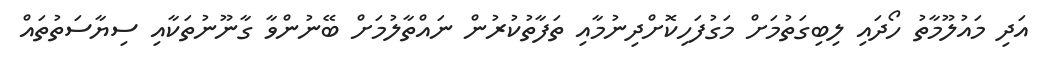
އަދި މައުލޫމާތު ހޯދައި ލިބިގަތުމަށް މަގުފަހިކޮށްދިނުމާއި ތަފާތުކުރުން ނައްތާލުމަށް ބޭނުންވާ ގާނޫނުތަކާއި ސިޔާސަތުތައް